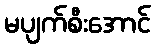
မပျက်စီးအောင်